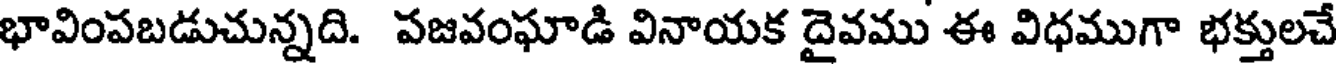
భావింపబడుచున్నది. పజవంఘాడి వినాయక దైవము ఈ విధముగా భక్తులచే